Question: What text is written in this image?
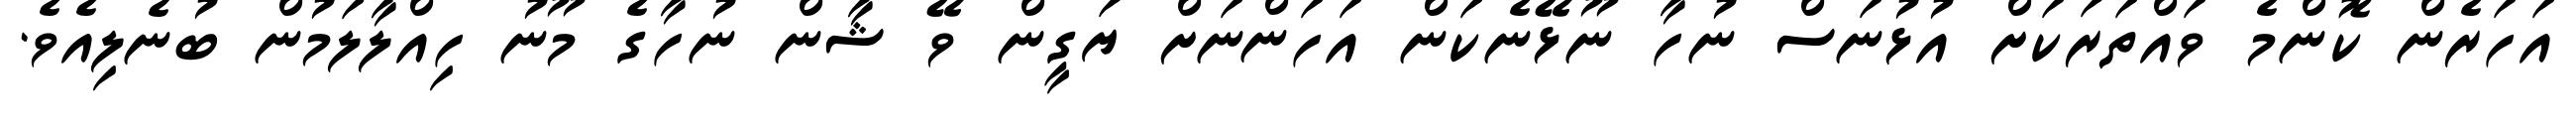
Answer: އަހަރެން ކޮންމެ ވައްތަރަކަށް އުޅުނަސް ނުހާ ނޫޅޭނެކަން އަހަންނަށް ޔަގީން ވޭ ޝާން ނުހާގެ މޫނު ހިއްލާލަމުން ބުނެލިއެވެ.